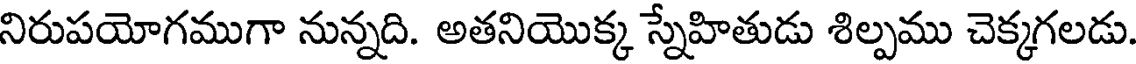
నిరుపయోగముగా నున్నది. అతనియొక్క స్నేహితుడు శిల్పము చెక్కగలడు.